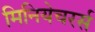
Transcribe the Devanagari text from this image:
मिनियेचरर्स